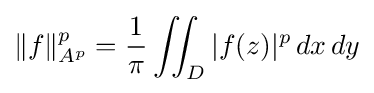
\|f\|_{A^{p}}^{p}={1 \over \pi }\iint _{D}|f(z)|^{p}\,dx\,dy